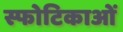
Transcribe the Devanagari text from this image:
स्फोटिकाओं